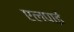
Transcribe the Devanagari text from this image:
एलपाईं